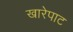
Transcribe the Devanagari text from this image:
खारेपाट